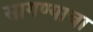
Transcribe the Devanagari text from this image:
सागण्याचा